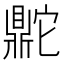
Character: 𬹨